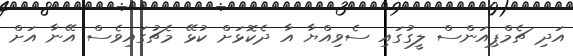
އަދި ޗެމްޕިއަންސް ލީގުގައި ސެވިއްޔާ އާ ދެކޮޅަށް ކުޅޭ މެޗުގައިވެސް އޭނާ އަށް